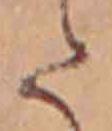
た